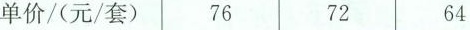
单价/(元/套) 76 72 64